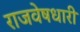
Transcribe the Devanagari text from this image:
राजवेषधारी